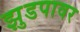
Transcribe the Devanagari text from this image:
झुडपावर